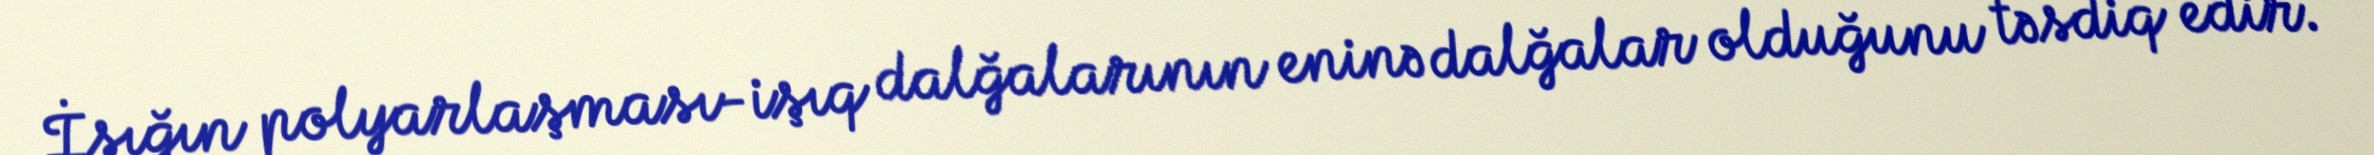
İşığın polyarlaşması-işıq dalğalarının eninə dalğalar olduğunu təsdiq edir.